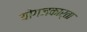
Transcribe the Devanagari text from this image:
योगजकार्ता